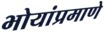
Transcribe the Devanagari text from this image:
भोयांप्रमाणे